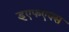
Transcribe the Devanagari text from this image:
इएफएक्स